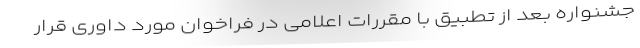
جشنواره بعد از تطبیق با مقررات اعلامی در فراخوان مورد داوری قرار